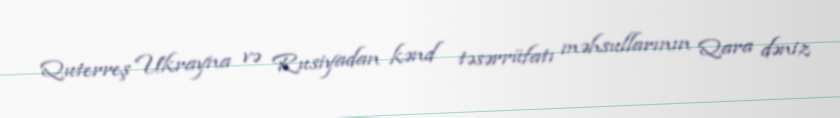
Quterreş Ukrayna və Rusiyadan kənd təsərrüfatı məhsullarının Qara dəniz